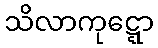
သိလာကုဋ္ဋော